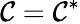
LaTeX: \mathcal{C}=\mathcal{C}^{\ast}